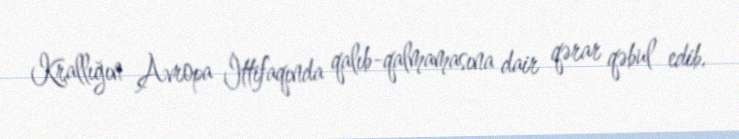
Krallığın Avropa İttifaqında qalıb-qalmamasına dair qərar qəbul edib.